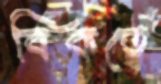
বিকতে